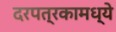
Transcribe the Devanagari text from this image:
दरपत्रकामध्ये